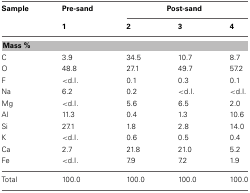
<table><thead><tr><td><b>Sample</b></td><td><b>Pre-sand</b></td><td colspan="3"><b>Post-sand</b></td></tr><tr><td></td><td><b>1</b></td><td><b>2</b></td><td><b>3</b></td><td><b>4</b></td></tr></thead><tbody><tr><td colspan="5"><b>Mass %</b></td></tr><tr><td>C</td><td>3.9</td><td>34.5</td><td>10.7</td><td>8.7</td></tr><tr><td>O</td><td>48.8</td><td>27.1</td><td>49.7</td><td>57.2</td></tr><tr><td>F</td><td>&lt;d.I.</td><td>0.1</td><td>0.3</td><td>0.1</td></tr><tr><td>Na</td><td>6.2</td><td>0.2</td><td>&lt;d.I.</td><td>&lt;d.I.</td></tr><tr><td>Mg</td><td>&lt;d.I.</td><td>5.6</td><td>6.5</td><td>2.0</td></tr><tr><td>Al</td><td>11.3</td><td>0.4</td><td>1.3</td><td>10.6</td></tr><tr><td>Si</td><td>27.1</td><td>1.8</td><td>2.8</td><td>14.0</td></tr><tr><td>K</td><td>&lt;d.I.</td><td>0.6</td><td>0.5</td><td>0.4</td></tr><tr><td>Ca</td><td>2.7</td><td>21.8</td><td>21.0</td><td>5.2</td></tr><tr><td>Fe</td><td>&lt;d.I.</td><td>7.9</td><td>7.2</td><td>1.9</td></tr><tr><td>Total</td><td>100.0</td><td>100.0</td><td>100.0</td><td>100.0</td></tr></tbody></table>